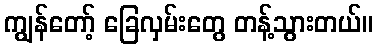
ကျွန်တော့် ခြေလှမ်းတွေ တန့်သွားတယ်။